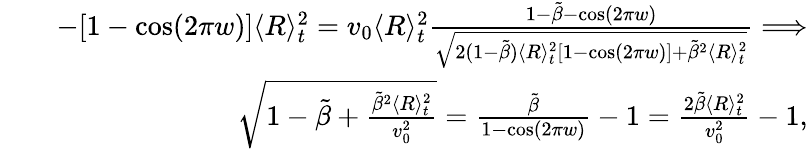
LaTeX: \begin{array}{rlr}&{}&{-[1-\cos(2\pi w)]\langle R\rangle_{t}^{2}=v_{0}\langle R\rangle_{t}^{2}\frac{1-\tilde{\beta}-\cos(2\pi w)}{\sqrt{2(1-\tilde{\beta})\langle R\rangle_{t}^{2}[1-\cos(2\pi w)]+\tilde{\beta}^{2}\langle R\rangle_{t}^{2}}}\Longrightarrow}\\ &{}&{\sqrt{1-\tilde{\beta}+\frac{\tilde{\beta}^{2}\langle R\rangle_{t}^{2}}{v_{0}^{2}}}=\frac{\tilde{\beta}}{1-\cos(2\pi w)}-1=\frac{2\tilde{\beta}\langle R\rangle_{t}^{2}}{v_{0}^{2}}-1,}\end{array}